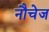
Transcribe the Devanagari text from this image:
नौचेज